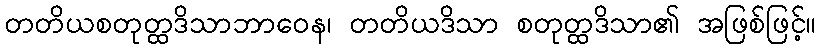
တတိယစတုတ္ထဒိသာဘာဝေန၊ တတိယဒိသာ စတုတ္ထဒိသာ၏ အဖြစ်ဖြင့်။